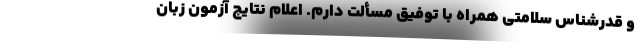
و قدرشناس سلامتی همراه با توفیق مسألت دارم. اعلام نتایج آزمون زبان